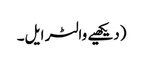
(دیکھیے والٹر ایل۔